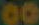
00